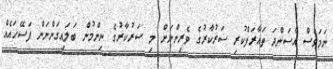
ނަމަވެސް އާސަންދަ ތައާރަފްކުރި ސަރުކާރުގެ ވެރިންނަށް މި ސަރުކާރުގެ ނިންމުން ބަލައިގަންނަން ފަސޭހައެއް